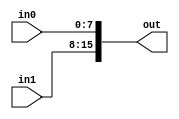
// This program was cloned from: https://github.com/lvyitian/public_personal_files
// License: Creative Commons Zero v1.0 Universal

module TC_Maker16 (in0, in1, out);
    parameter UUID = 0;
    parameter NAME = "";
    input [7:0] in0;
    input [7:0] in1;
    output [15:0] out;
    
    assign out = {in1, in0};
endmodule